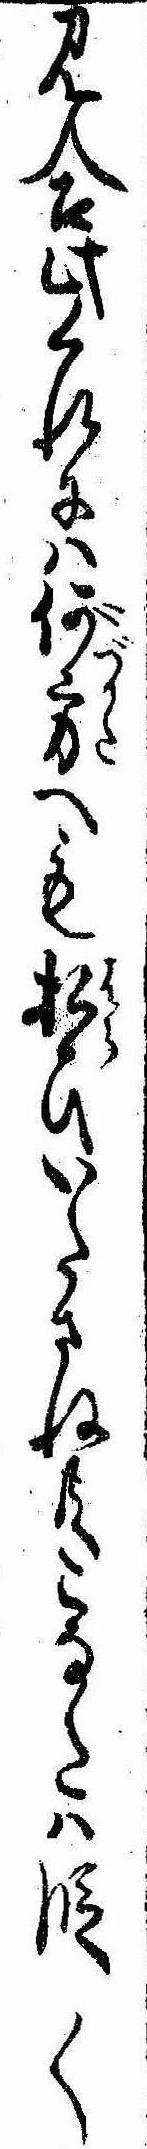
見合此くれには何方へも払ひいたさね共こなたは段〱